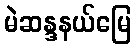
မဲဆန္ဒနယ်မြေ